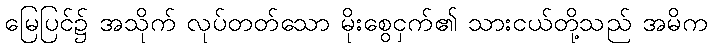
မြေပြင်၌ အသိုက် လုပ်တတ်သော မိုးစွေငှက်၏ သားငယ်တို့သည် အမိက